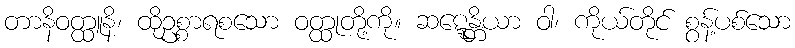
တာနိဝတ္ထူနိ၊ ထိုဥစ္စာရစသော ဝတ္ထုတို့ကို။ ဆဋ္ဋေန္တိယာ ဝါ၊ ကိုယ်တိုင် စွန့်ပစ်သော